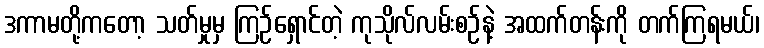
ဒကာမတို့ကတော့ သတ်မှုမှ ကြဉ်ရှောင်တဲ့ ကုသိုလ်လမ်းစဉ်နဲ့ အထက်တန်းကို တက်ကြရမယ်၊